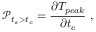
\mathscr { P } _ { t _ { s } > t _ { c } } = \frac { \partial T _ { p e a k } } { \partial t _ { c } } ~ ,